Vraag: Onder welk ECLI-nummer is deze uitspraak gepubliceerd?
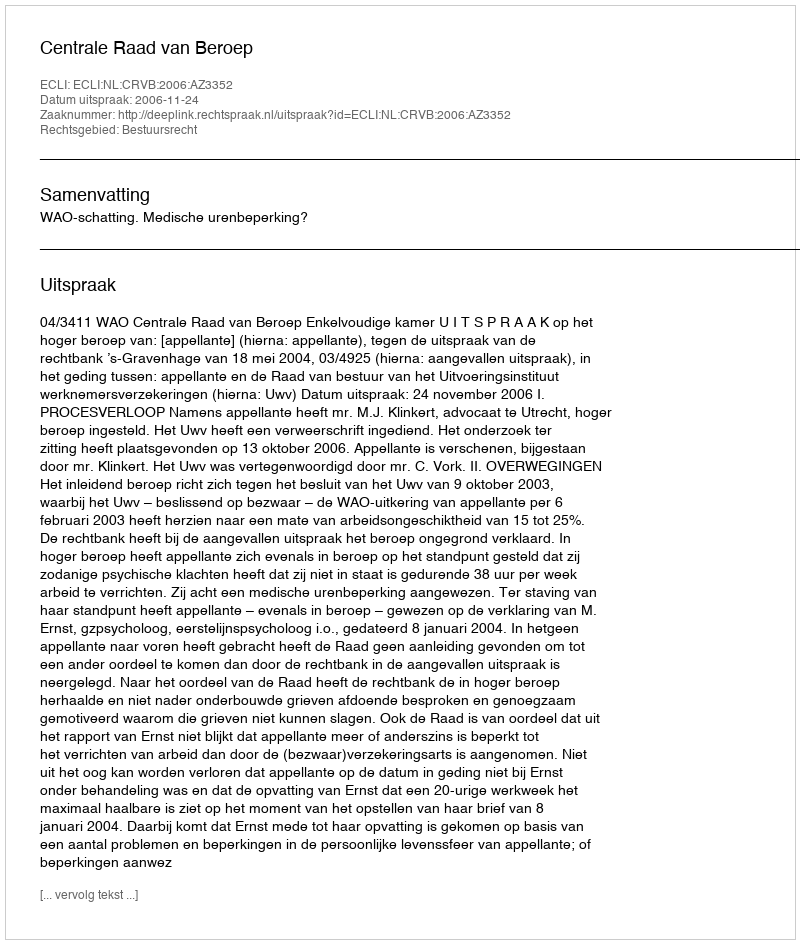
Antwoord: ECLI:NL:CRVB:2006:AZ3352